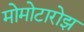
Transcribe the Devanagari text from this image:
मोमोटारोझ